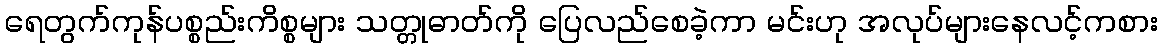
ရေတွက်ကုန်ပစ္စည်းကိစ္စများ သတ္တုဓာတ်ကို ပြေလည်စေခဲ့ကာ မင်းဟု အလုပ်များနေလင့်ကစား